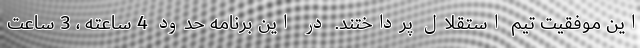
این موفقیت تیم استقلال پرداختند. در این برنامه حدود 4 ساعته ، 3 ساعت